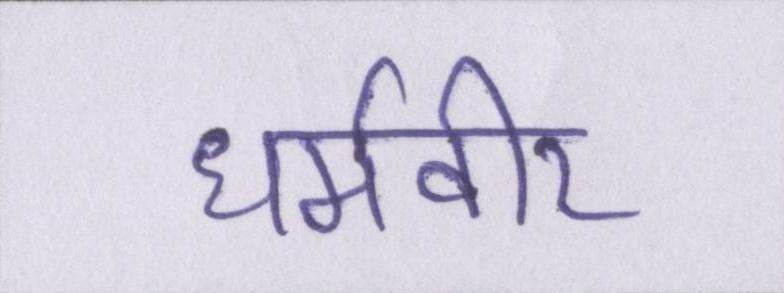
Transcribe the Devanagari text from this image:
धर्मवीर